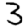
Digit: 3